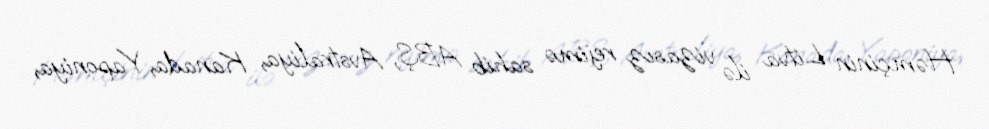
Həmçinin Litva ilə vizasız rejimə sahib ABŞ, Avstraliya, Kanada, Yaponiya,